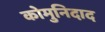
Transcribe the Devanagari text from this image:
कोमुनिदाद